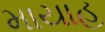
માયાહ